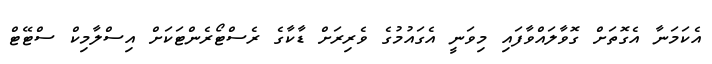
އެކަމަނާ އެގޮތަށް ގޮވާލައްވާފައި މިވަނީ އެގައުމުގެ ވެރިރަށް ޑާކާގެ ރެސްޓޯރެންޓަކަށް އިސްލާމިކް ސްޓޭޓް